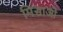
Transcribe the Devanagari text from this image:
मिसाओ